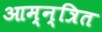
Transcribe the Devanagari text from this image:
आम्न्त्रित